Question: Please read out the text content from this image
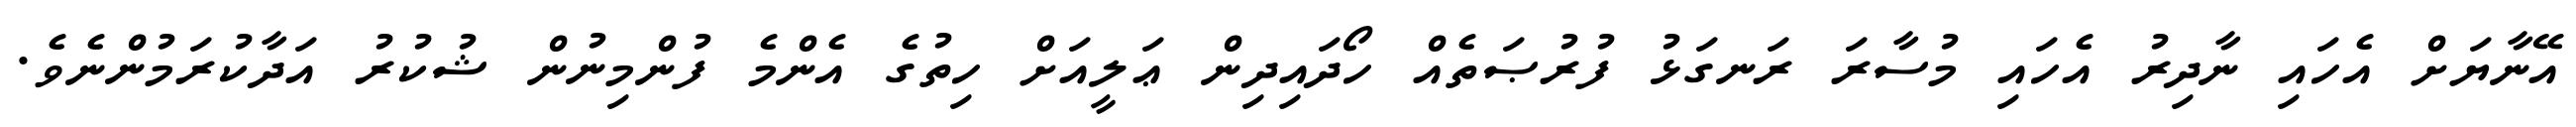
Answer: އޭނާޔަށް އެހައި ނާދިރު އެހައި މުސާރަ ރަނގަޅު ފުރުޞަތެއް ހޯދައިދިން ޢަލީއަށް ހިތުގެ އެންމެ ފުންމިނުން ޝުކުރު އަދާކުރަމުންނެވެ.